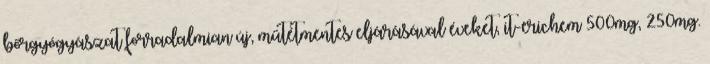
bőrgyógyászat forradalmian új, műtétmentes eljárásával éveket, it-erichem 500mg, 250mg.